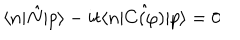
\langle n | \hat { N } | p \rangle - i t \langle n | \hat { C ( \varphi ) } | p \rangle = 0